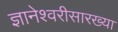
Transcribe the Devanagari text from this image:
ज्ञानेश्वरीसारख्या